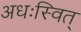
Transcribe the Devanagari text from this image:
अधःस्वित्